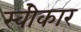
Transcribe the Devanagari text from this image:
स्वीेकार